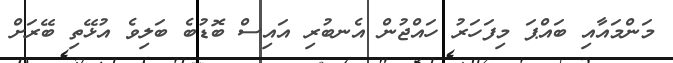
މަންމައާއި ބައްޕަ މިފަހަރު ހައްޖުން އެނބުރި އައިސް ބޮޑުބެ ބަލިވެ އުޅޭތި ބޭރަށް